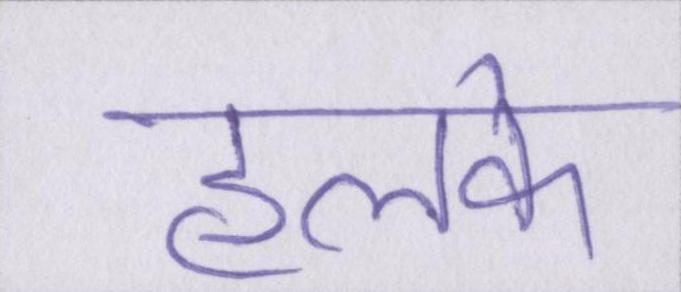
हलके